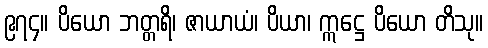
၉၇၄။ ပိယော ဘတ္တရိ၊ ဇာယာယံ၊ ပိယာ၊ ဣဋ္ဌေ ပိယော တိသု။